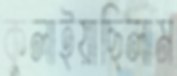
কুলাইয়াছিলাম